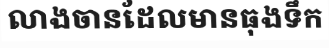
លាងចានដែលមានធុងទឹក